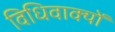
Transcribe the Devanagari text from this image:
विधिवाक्यों